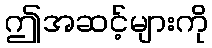
ဤအဆင့်များကို